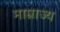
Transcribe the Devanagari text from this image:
माम्राज्य